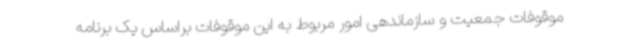
موقوفات جمعیت و سازماندهی امور مربوط به این موقوفات براساس یک برنامه